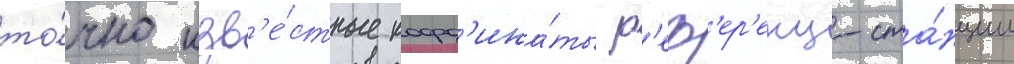
то́чно изв'е́стные коорд'ина́ты р'еф'ер'енц-ста́нции